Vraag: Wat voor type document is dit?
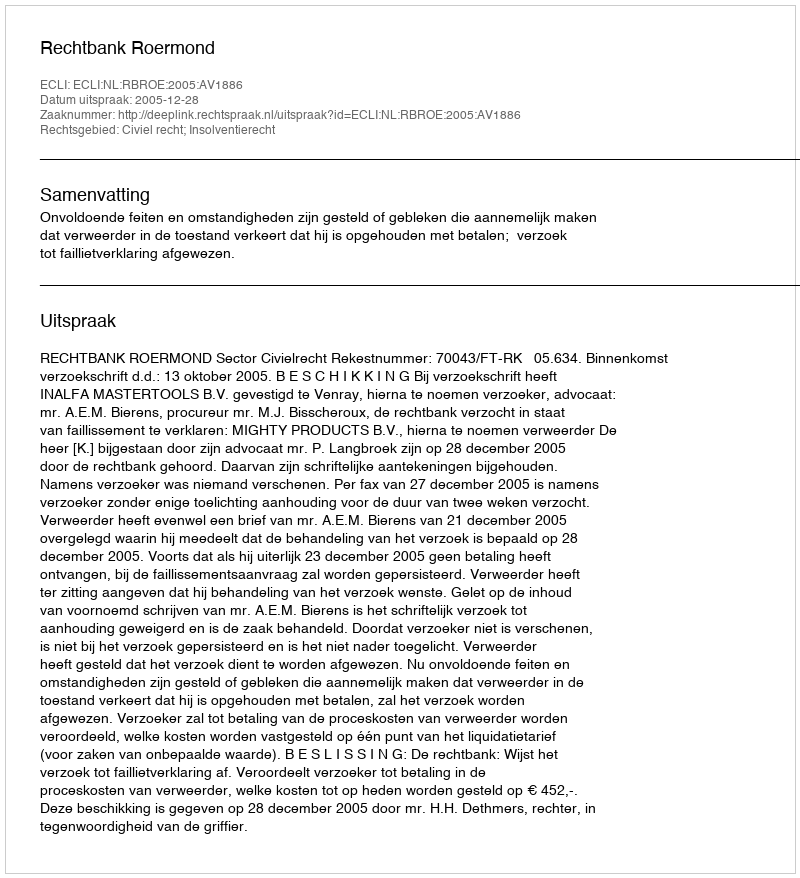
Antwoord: Uitspraak